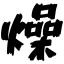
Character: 燥